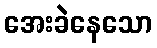
အေးခဲနေသော